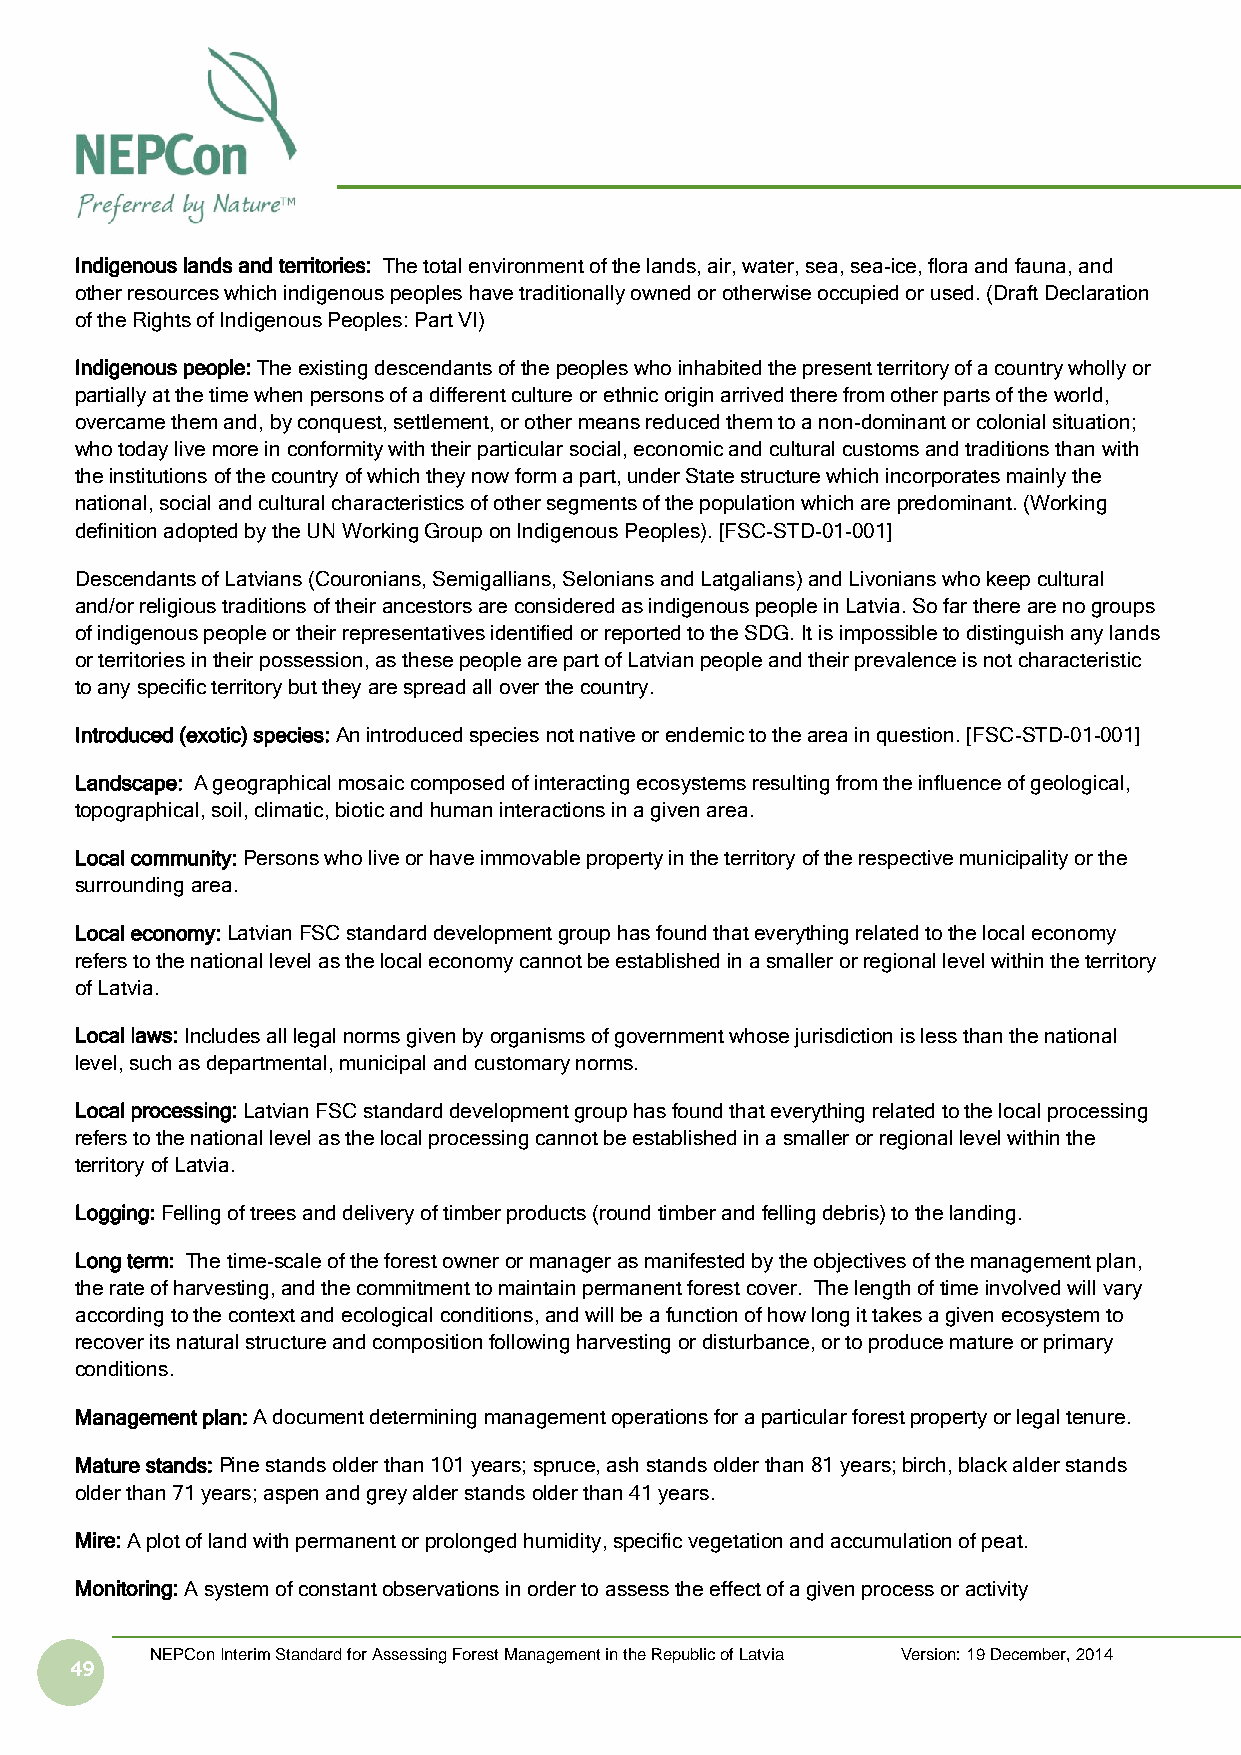
Indigenous lands and territories: The total environment of the lands, air, water, sea, sea-ice, flora and fauna, and
 other resources which indigenous peoples have traditionally owned or otherwise occupied or used. (Draft Declaration
 of the Rights of Indigenous Peoples: Part VI)
 Indigenous people: The existing descendants of the peoples who inhabited the present territory of a country wholly or
 partially at the time when persons of a different culture or ethnic origin arrived there from other parts of the world,
 overcame them and, by conquest, settlement, or other means reduced them to a non-dominant or colonial situation;
 who today live more in conformity with their particular social, economic and cultural customs and traditions than with
 the institutions of the country of which they now form a part, under State structure which incorporates mainly the
 national, social and cultural characteristics of other segments of the population which are predominant. (Working
 definition adopted by the UN Working Group on Indigenous Peoples). [FSC-STD-01-001]
 Descendants of Latvians (Couronians, Semigallians, Selonians and Latgalians) and Livonians who keep cultural
 and/or religious traditions of their ancestors are considered as indigenous people in Latvia. So far there are no groups
 of indigenous people or their representatives identified or reported to the SDG. It is impossible to distinguish any lands
 or territories in their possession, as these people are part of Latvian people and their prevalence is not characteristic
 to any specific territory but they are spread all over the country.
 Introduced (exotic) species: An introduced species not native or endemic to the area in question. [FSC-STD-01-001]
 Landscape: A geographical mosaic composed of interacting ecosystems resulting from the influence of geological,
 topographical, soil, climatic, biotic and human interactions in a given area.
 Local community: Persons who live or have immovable property in the territory of the respective municipality or the
 surrounding area.
 Local economy: Latvian FSC standard development group has found that everything related to the local economy
 refers to the national level as the local economy cannot be established in a smaller or regional level within the territory
 of Latvia.
 Local laws: Includes all legal norms given by organisms of government whose jurisdiction is less than the national
 level, such as departmental, municipal and customary norms.
 Local processing: Latvian FSC standard development group has found that everything related to the local processing
 refers to the national level as the local processing cannot be established in a smaller or regional level within the
 territory of Latvia.
 Logging: Felling of trees and delivery of timber products (round timber and felling debris) to the landing.
 Long term: The time-scale of the forest owner or manager as manifested by the objectives of the management plan,
 the rate of harvesting, and the commitment to maintain permanent forest cover. The length of time involved will vary
 according to the context and ecological conditions, and will be a function of how long it takes a given ecosystem to
 recover its natural structure and composition following harvesting or disturbance, or to produce mature or primary
 conditions.
 Management plan: A document determining management operations for a particular forest property or legal tenure.
 Mature stands: Pine stands older than 101 years; spruce, ash stands older than 81 years; birch, black alder stands
 older than 71 years; aspen and grey alder stands older than 41 years.
 Mire: A plot of land with permanent or prolonged humidity, specific vegetation and accumulation of peat.
 Monitoring: A system of constant observations in order to assess the effect of a given process or activity
 NEPCon Interim Standard for Assessing Forest Management in the Republic of Latvia Version: 19 December, 2014
 49